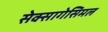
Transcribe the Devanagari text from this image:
सेक्सागेसिमल